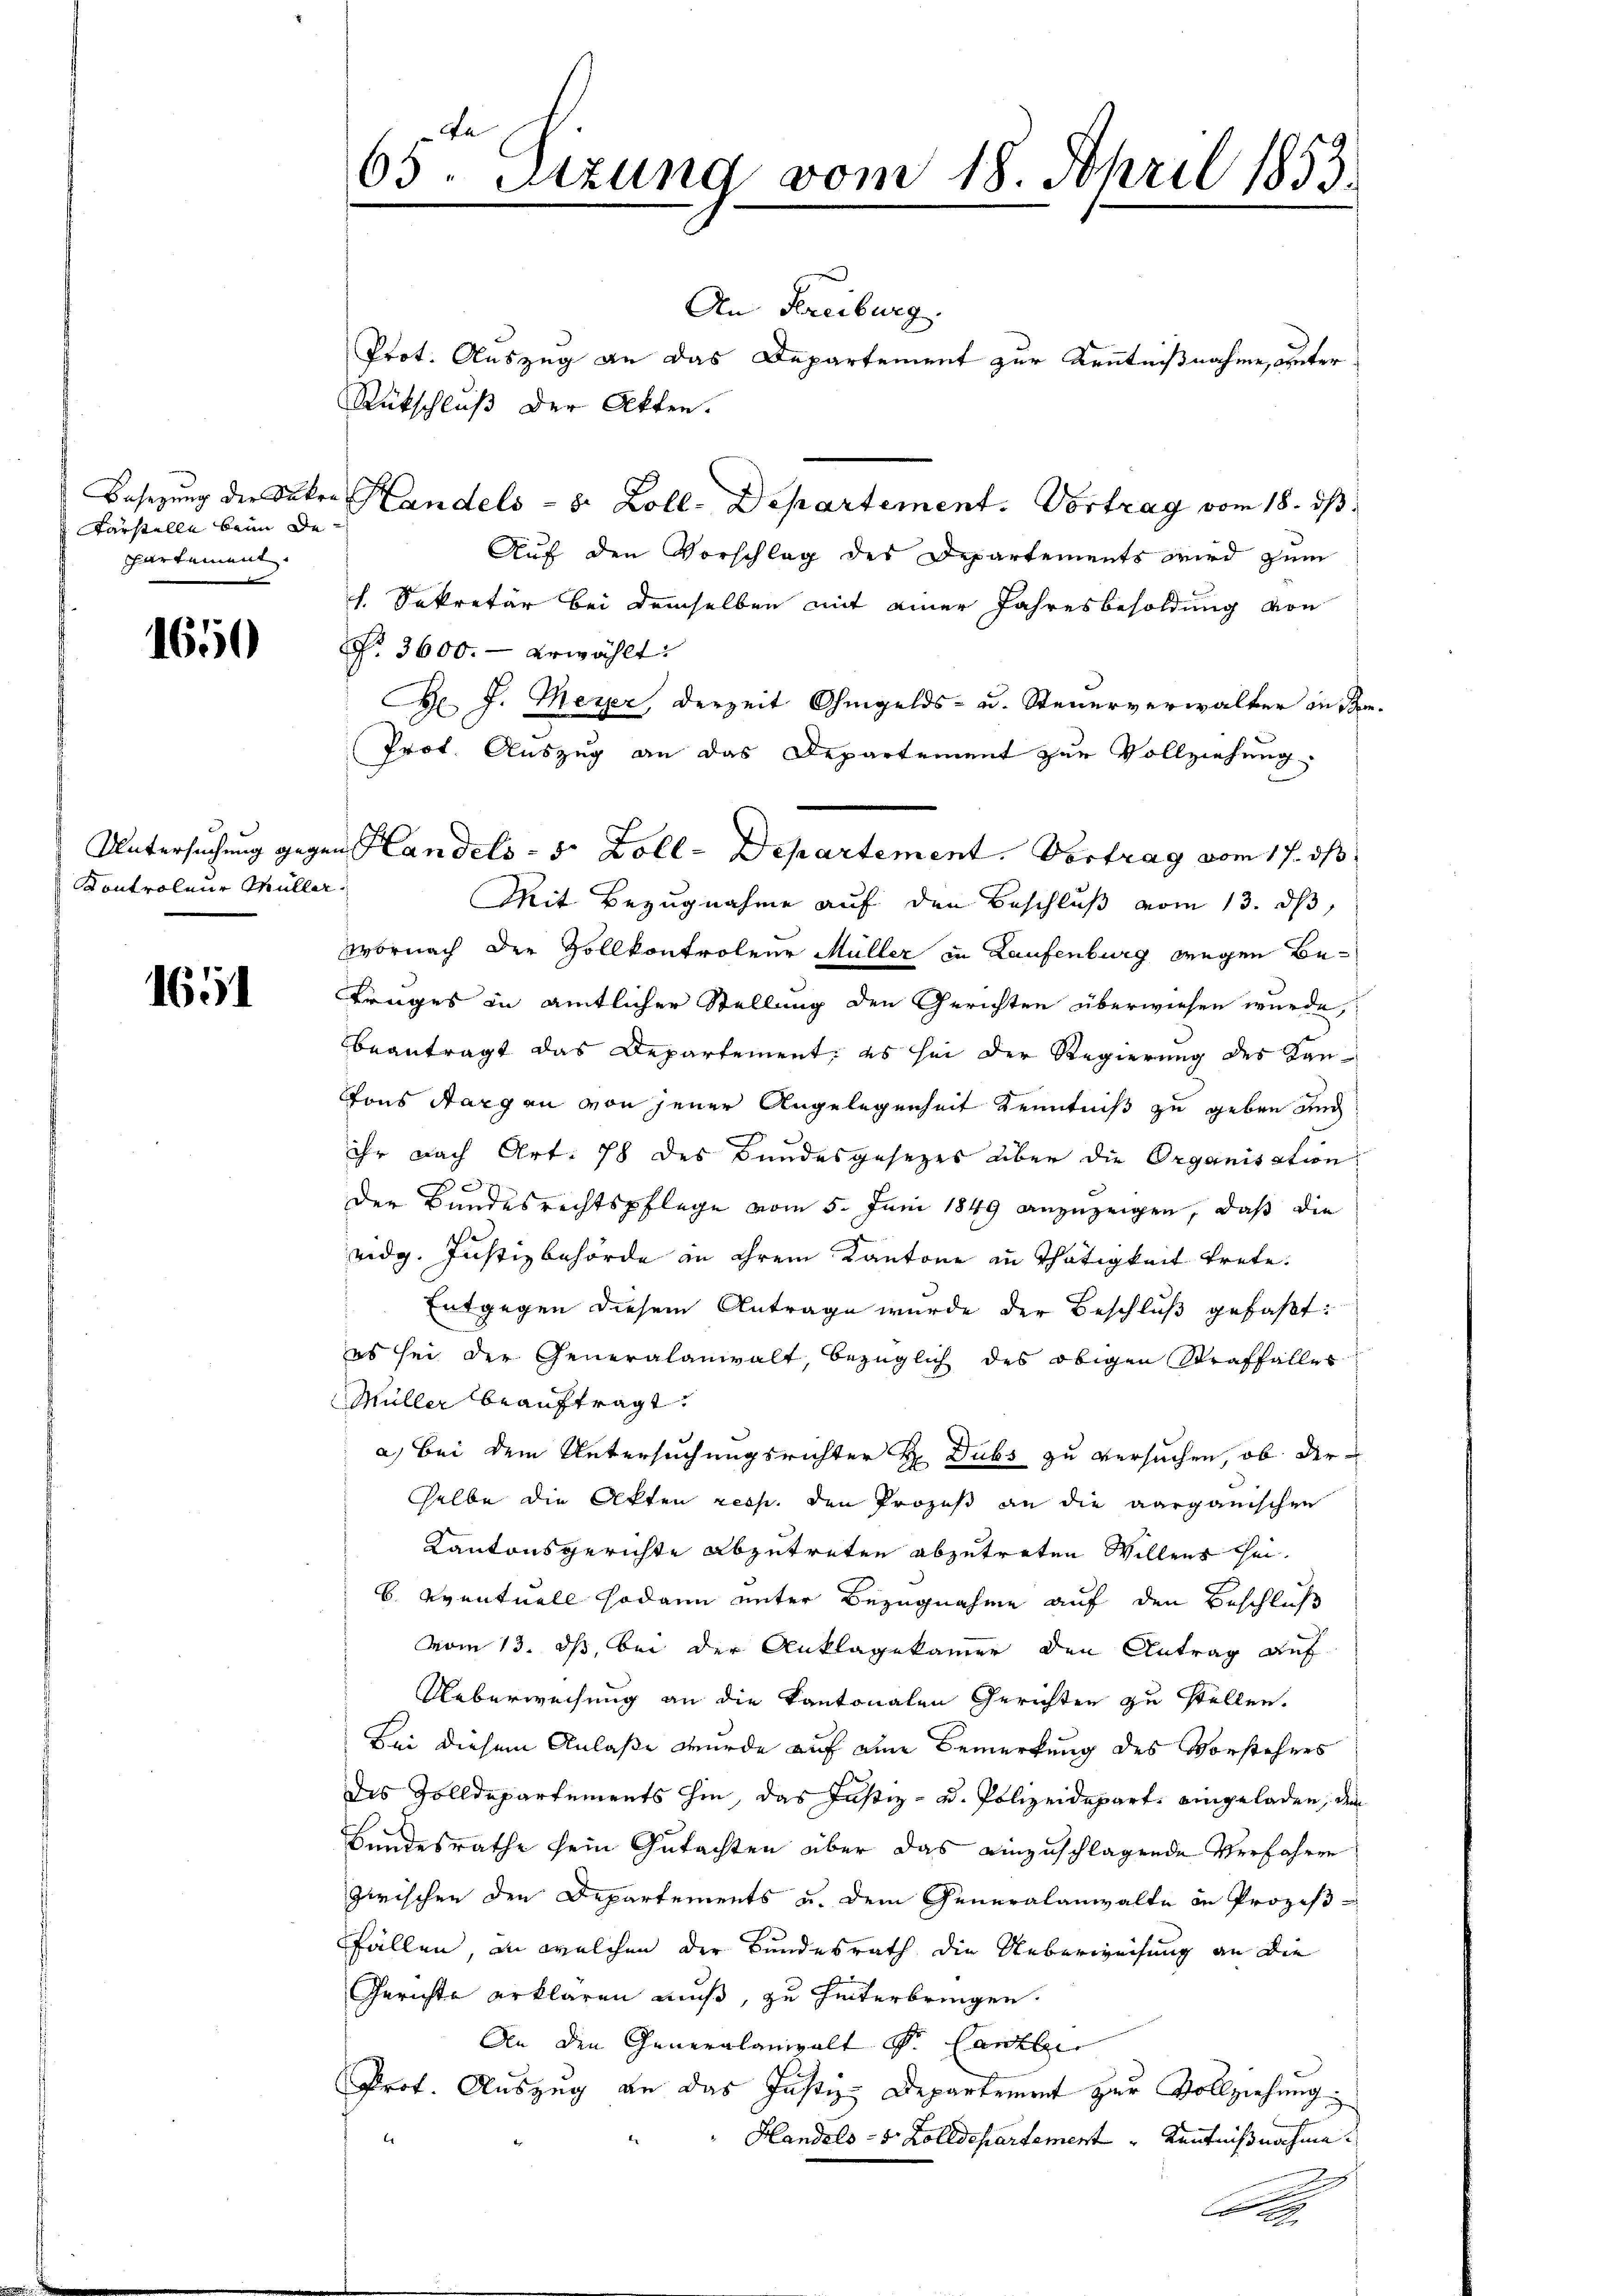
Fa
65. Setzung vom 18. April 1853.

An Freiburg.
Prot. Auszug an das Departement zur Kenntnißnahme, unter
Rütschluß der Akten.
Handels- u. Zoll-Departement. Vortrag vom 18. ds.
Auf den Vorschlag des Departements wird zum
h. Sekretär bei demselben mit einer Jahresbesoldung von
§. 3600.- erwählt:
B. J. Meyer, derzeit Ohmgelds- u. Steuerverwalter in se
Prot. Auszug an das Departement zur Vollziehung
4
Mit Bezugnahme auf den Beschluß vom 13. ds
wornach der Zollkontroleur Müller in Laufenburg wegen Be¬
Truges in amtlicher Stellung den Gerichten überwiesen wurde,
beantragt das Departement, es sei der Regierung des Kan¬
Fons Sargen von jener Angelegenheit Kenntniß zu geben und
ihr nach Art. 78 des Bundesgesezes über die Organisation
Der Bandesrechtspflege vom 5. Juni 1849 anzuzeigen, daß die
eidg. Justizbehörde in ihrem Kantone zu Thätigkeit trete.
Entgegen diesem Antrage wurde der Beschluß gefaßt:
es sei der Generalanwalt, bezüglich des obigen Straffalles
Müller beauftragt.
a) Bei dem Untersuchungsrichter H Dubs zu versuchen, ob derselbe die Akten resp. den Prozeß an die aarganischen
Kantonsgerichte abzutreten abzutreten Willen sei.
6. eventuell sodann unter Bezugnahme auf den Beschluß
vom 13. ds, bei der Anklagekammer den Antrag auf-
Ueberweisung an die Kantonalen Gerichten zu stellen.
Bei diesem Anlaße wurde auf eine Bemerkung des Vorstehers
des Zolldepartements hin, das Justiz- u. Polizeidepart eingeladen, den
Bundesrathe sein Gutachten über das einzuschlagende Verfahren
zwischen den Departements u. dem Generalanwalte in Prozeß-
fällen, in welchen der Bundesrath die Ueberweisung an die
Gerichte erklären muß, zu hinterbringen.
An den Generalanwalt d. Canzlei
Prot. Auszug an das Justiz-Departement zur Vollziehung.
Handels- 5 Zolldepartement Kenntnißnahme

Besezung der Sakr
Farstelle beim De-
partement.

1650

Untersuchung gegen Handels- 5 Zoll-Departement. Vortrag vom 17. ds

Kontroleur Mülle

1651